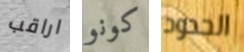
اراقب كونو الحدود